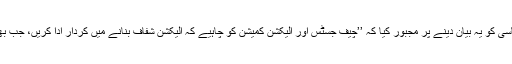
شاید الیکشن میں ناکامی کے خدشات نے سابق وزیراعظم شاہد خاقان عباسی کو یہ بیان دینے پر مجبور کیا کہ ’’چیف جسٹس اور الیکشن کمیشن کو چاہیے کہ الیکشن شفاف بنانے میں کردار ادا کریں، جب بھی عوام حقِ نمائندگی سے محروم ہوئے آنے والی حکومت کبھی نہ چلی۔